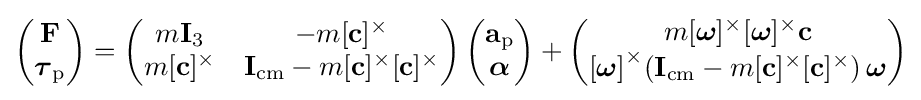
\left({\begin{matrix}{\mathbf {F} }\\{\boldsymbol {\tau }}_{\rm {p}}\end{matrix}}\right)=\left({\begin{matrix}m{\mathbf {I} _{3}}&-m[{\mathbf {c} }]^{\times }\\m[{\mathbf {c} }]^{\times }&{\mathbf {I} }_{\rm {cm}}-m[{\mathbf {c} }]^{\times }[{\mathbf {c} }]^{\times }\end{matrix}}\right)\left({\begin{matrix}\mathbf {a} _{\rm {p}}\\{\boldsymbol {\alpha }}\end{matrix}}\right)+\left({\begin{matrix}m[{\boldsymbol {\omega }}]^{\times }[{\boldsymbol {\omega }}]^{\times }{\mathbf {c} }\\{[{\boldsymbol {\omega }}]}^{\times }({\mathbf {I} }_{\rm {cm}}-m[{\mathbf {c} }]^{\times }[{\mathbf {c} }]^{\times })\,{\boldsymbol {\omega }}\end{matrix}}\right)